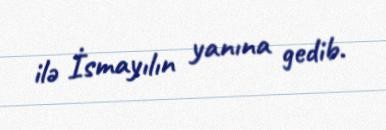
ilə İsmayılın yanına gedib.